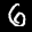
Label: 6